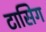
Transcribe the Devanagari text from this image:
टासिग